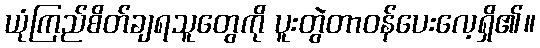
ယုံကြည်စိတ်ချရသူတွေကို ပူးတွဲတာဝန်ပေးလေ့ရှိ၏။